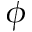
\phi